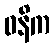
ဓနိက